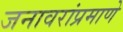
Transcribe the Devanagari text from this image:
जनावरांप्रमाणे